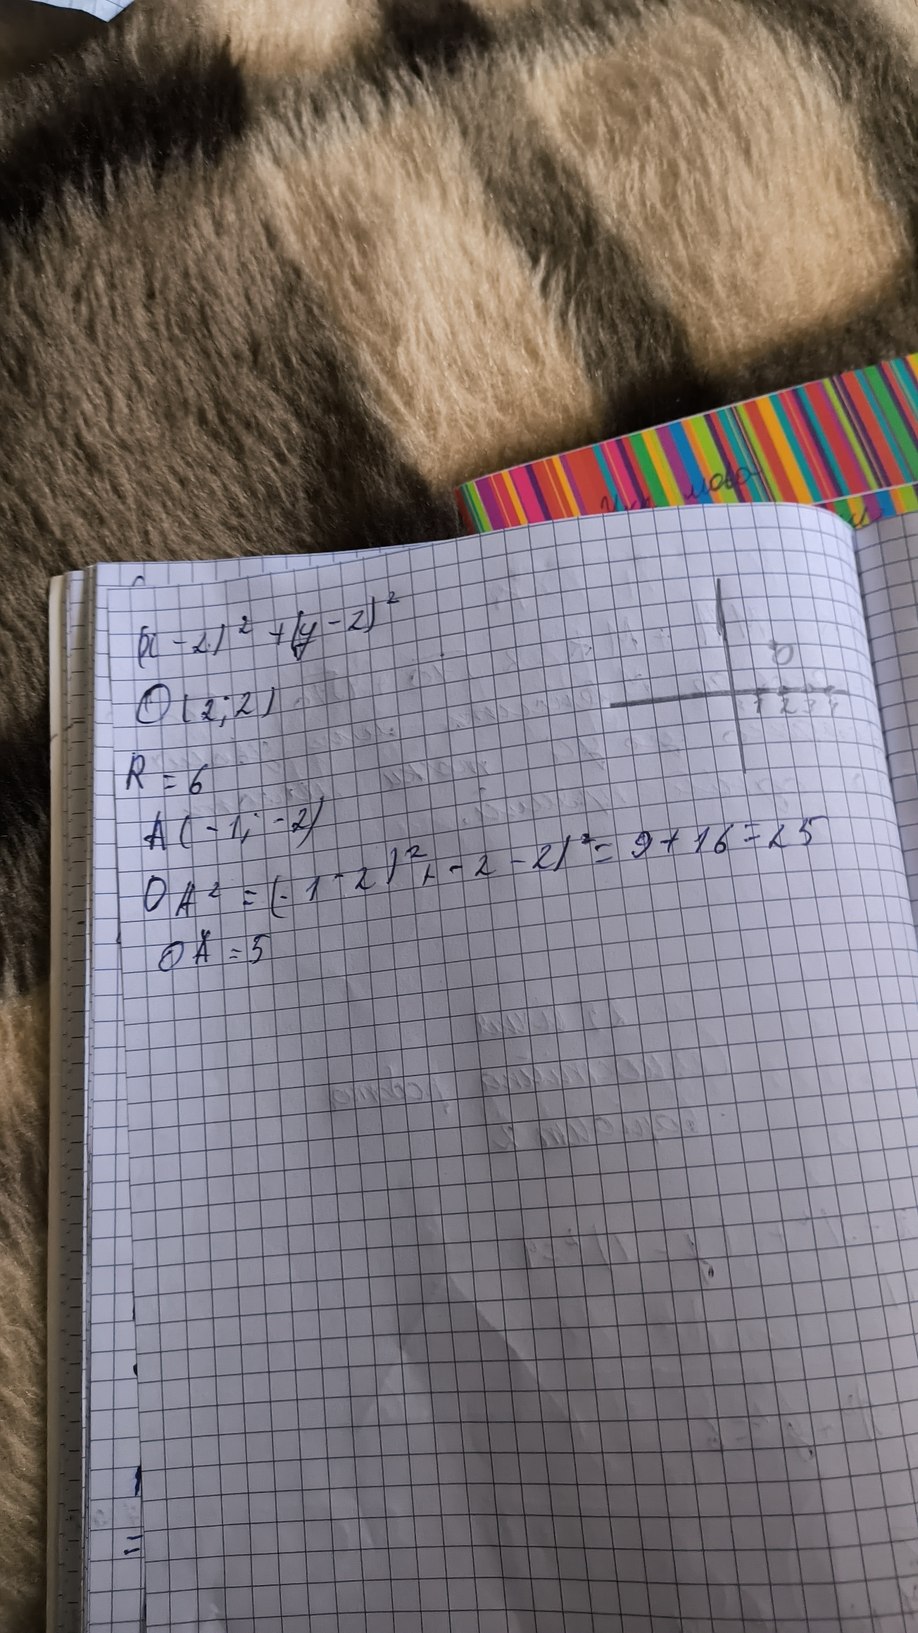
Укр мова
(х-2)^2 + (y-2)^2
O (2;2)
R=6
A (-1;-2)
ОА^2=(-1-2)^2+ -2-2)^2=9+16=25
ОА=5